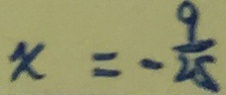
x = - \frac { 9 } { 2 5 }